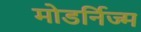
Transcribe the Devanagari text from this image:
मोडर्निज्म